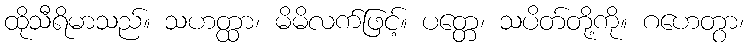
ထိုသီရိမာသည်။ သဟတ္ထာ၊ မိမိလက်ဖြင့်။ ပတ္တေ၊ သပိတ်တို့ကို။ ဂဟေတွာ၊